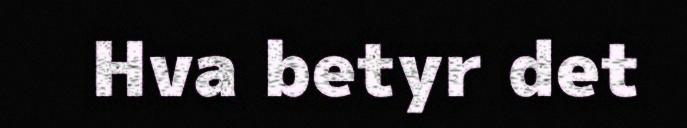
Hva betyr det